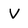
Character: V